Vabadussoja_Ajaloo_Komitee, lk 36
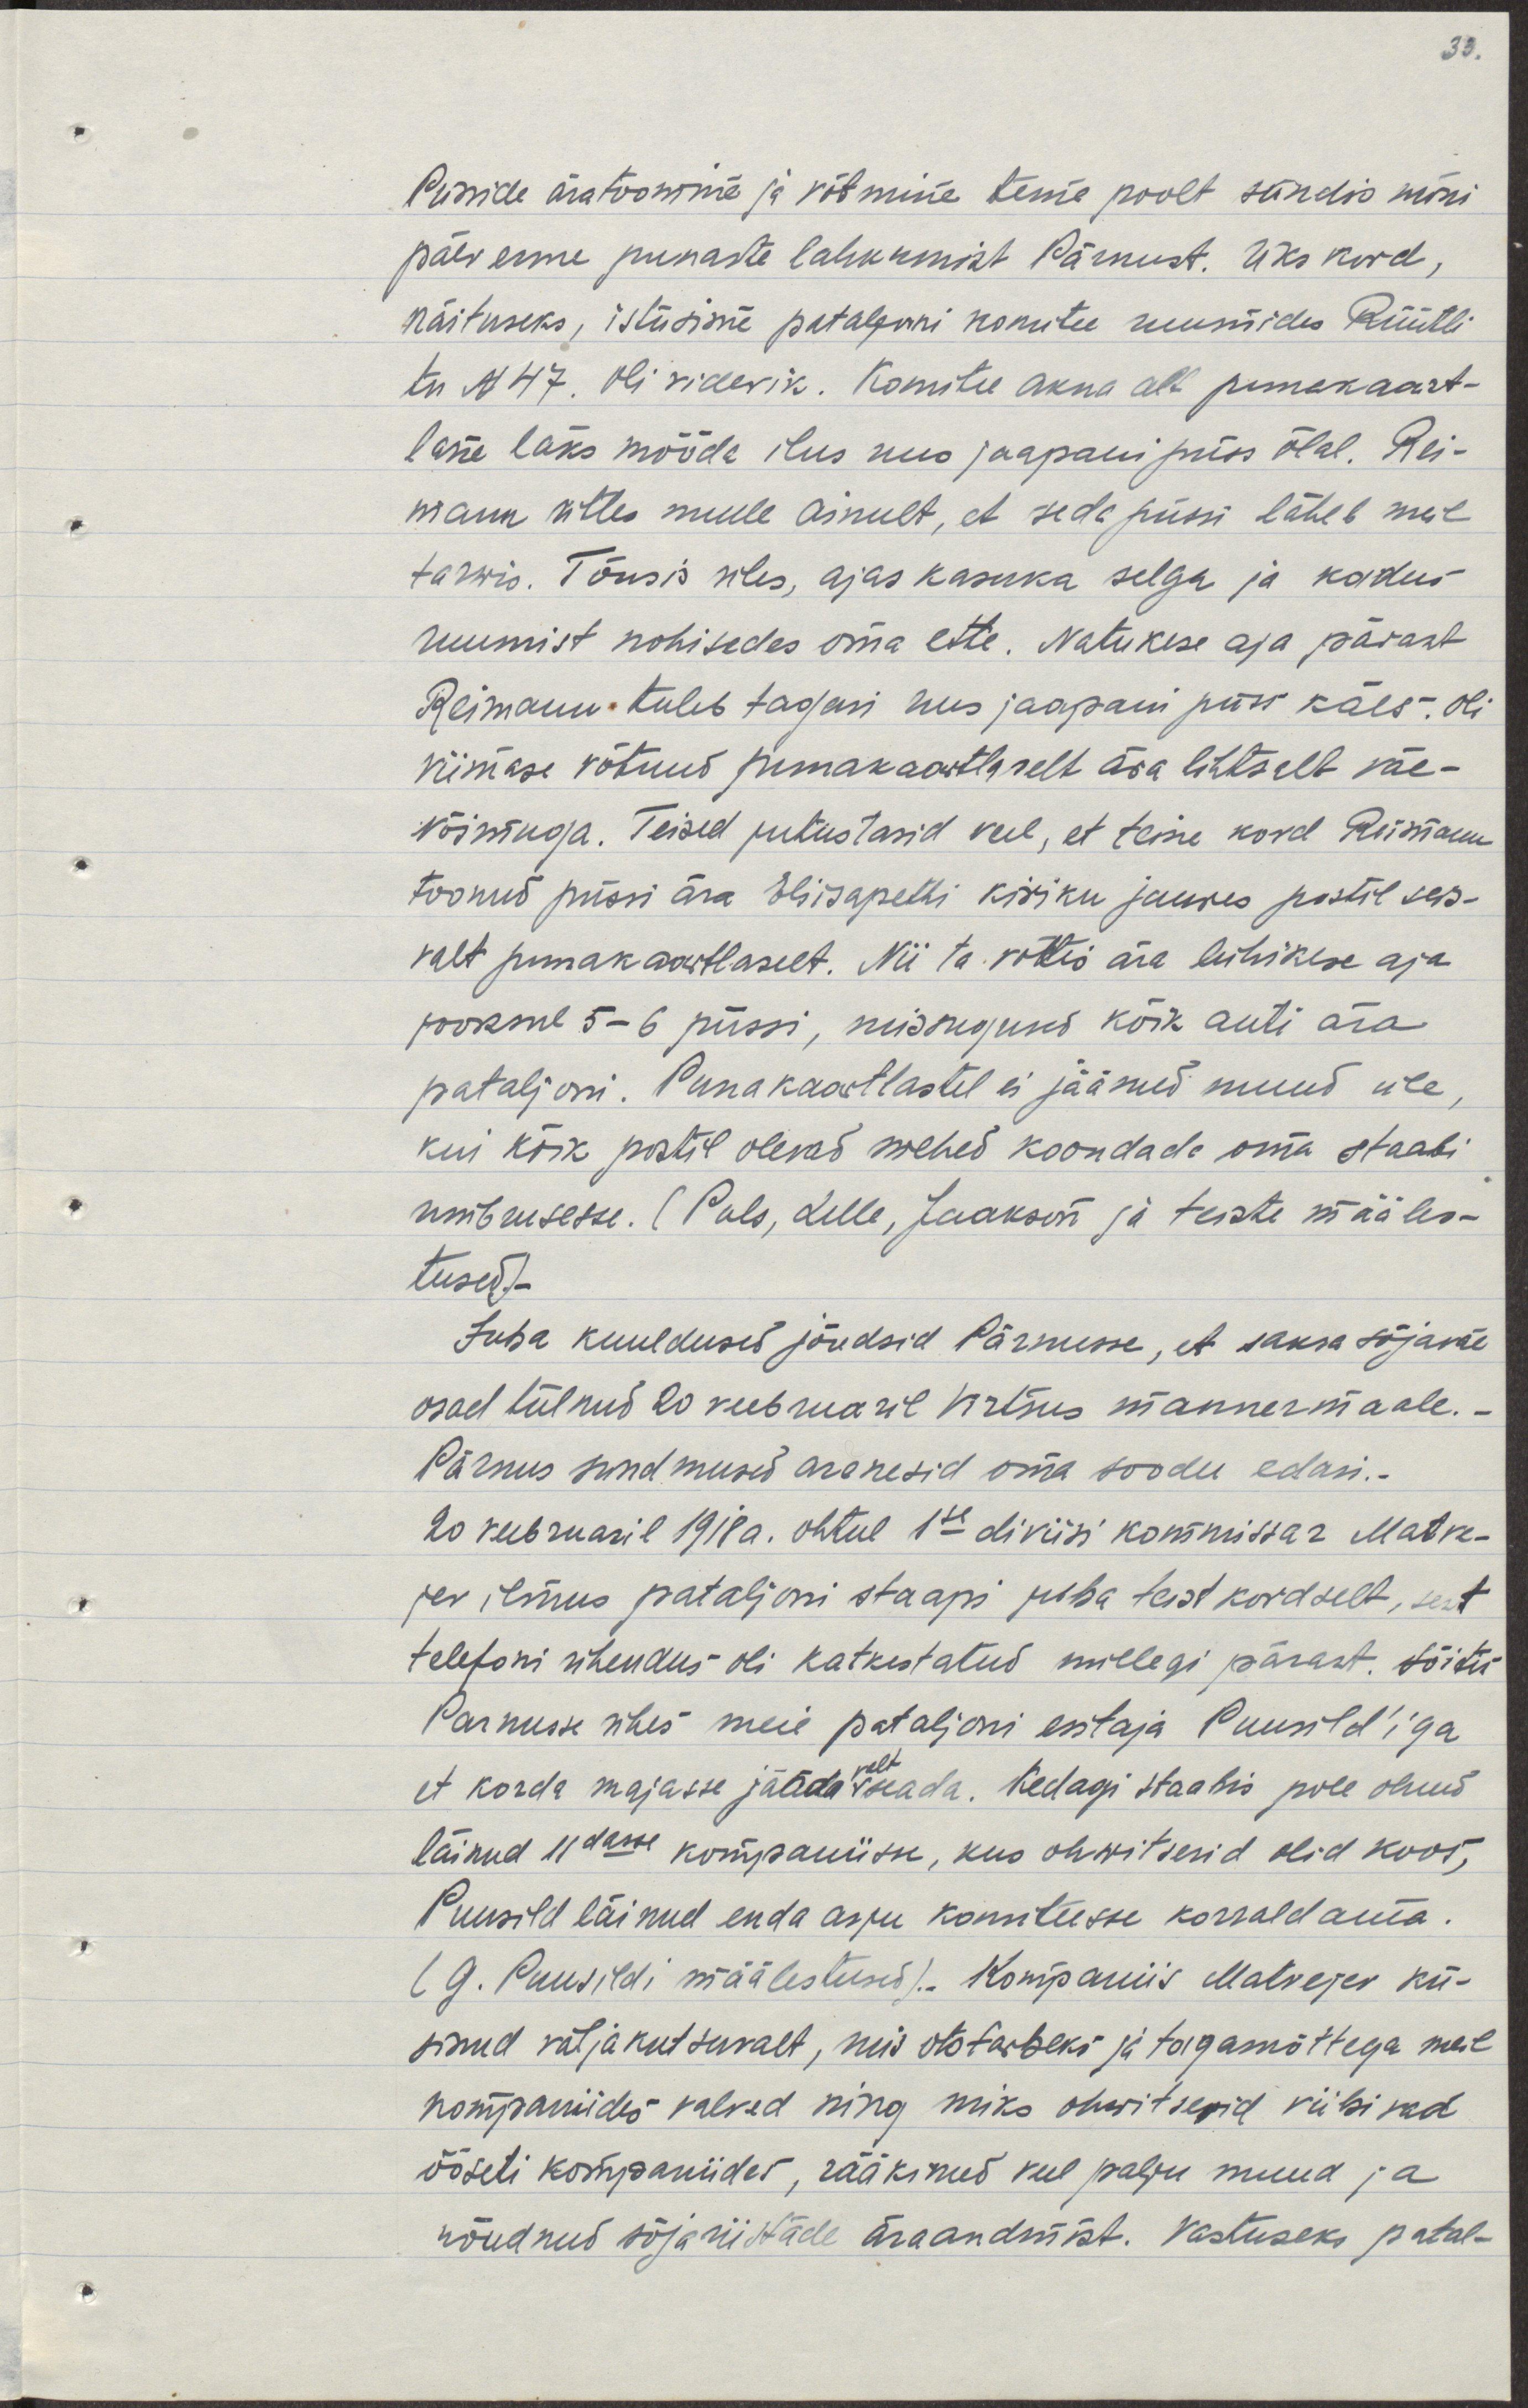
Püsside äratoomine ja võtmine tema poolt sündis mõni 
päev enne punaste lahkumist Pärnust. Üks kord,
näituseks, istusime pataljoni komitee ruumides Rüütli
tn N 47. oli videvik. Komitee akna all punakaart-
lane läks mõõda ilus uus jaapani püss õlal. Rei-
mann ütles mulle ainult, et seda püssi läheb meil 
tarvis. Tõusis üles, ajas kasuka selga ja kadus
ruumist nohisedes oma ette. Natukese aja pärast
Reimann tuleb tagasi uus jaapani püss käes. Oli
viimase võtnud punakaartlaselt ära lihtsalt väe-
võimuga. Teised jutustasid veel, et teine kord Reimann
toonud püssi ära Elisapetti kiriku juures postil seis-
valt punakaartlaselt. Nii ta võttis ära lühikese aja 
jooksul 5-6 püssi, missugused kõik anti ära
pataljoni. Punakaartlastele ei jäänud muud üle,
kui kõik postil olevad mehed koondada oma staabi
ümbrusesse. (Puls, Lelle, Jaakson ja teiste määles-
tused.)-
Juba kuuldused jõudsid Pärnusse, et saksa sõjaväe
osad tulnud 20 veebruaril Virtsus mannermaale.
Pärnus sundmused arenesid oma soodu edasi.
20 veebruaril 1918a. õhtul 1se diviisi kommisaar Matre-
jev ilmus pataljoni staapi juba teistkordselt, sest 
telefoni ühendus oli katkestatud millegi pärast. Sõitis
Pärnusse ühes meie pataljoni esitaja Puusild'iga
et korda majasse jäädavalt seada. Kedagi staabis pole olnud
läinud 11dasse kompaniisse, kus ohwitserid olid koos,
Puusild läinud enda asju komiteesse korraldama.
(G. Puusildi määlestused). Kompaniis Matvejev kü-
sinud väljakutsuvalt, mis otstarbeks ja tagamõttega meil
kompaniides valved ning miks ohwitserid viibivad
ööseti kompaniides, rääkinud veel palju muud ja
nõudnud sõjariistade äraandmist. Vastuseks patal-